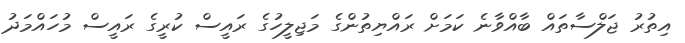
އިތުރު ޖަލްސާތައް ބާއްވާނެ ކަމަށް ރައްޔިތުންގެ މަޖިލީހުގެ ރައީސް ކުރީގެ ރައީސް މުހައްމަދު